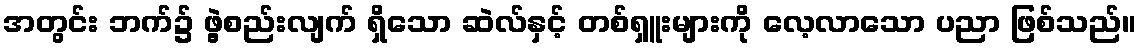
အတွင်း ဘက်၌ ဖွဲ့စည်းလျက် ရှိသော ဆဲလ်နှင့် တစ်ရှူးများကို လေ့လာသော ပညာ ဖြစ်သည်။